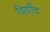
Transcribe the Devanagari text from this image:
दिघौंच